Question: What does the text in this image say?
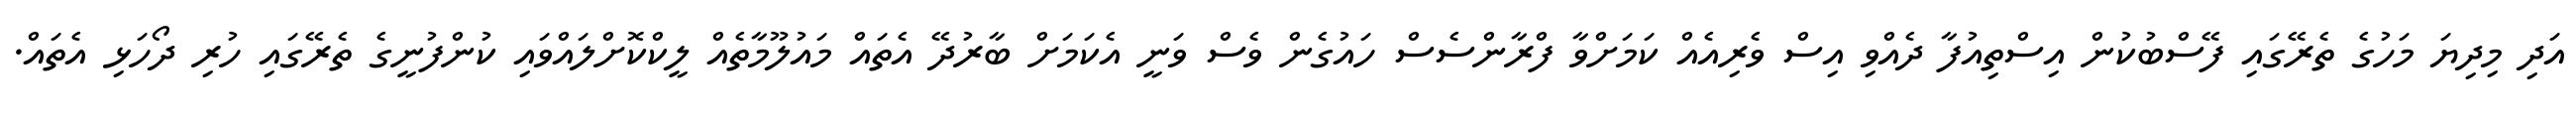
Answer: އަދި މިދިޔަ މަހުގެ ތެރޭގައި ފޭސްބުކުން އިސްތިއުފާ ދެއްވި އިސް ވެރިއެއް ކަމަށްވާ ފްރާންސެސް ހައުގެން ވެސް ވަނީ އެކަމަށް ބާރުދޭ އެތައް މައުލޫމާތެއް ލީކްކޮށްލައްވައި ކުންފުނީގެ ތެރޭގައި ހުރި ދޯހަޅި އެތައް.